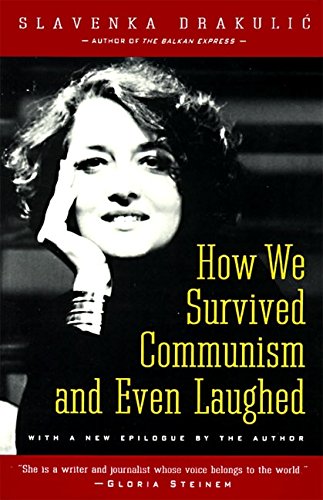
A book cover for How We Survived Communism & Even Laughed; Slavenka Drakulic; History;